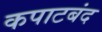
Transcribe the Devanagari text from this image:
कपाटबंद